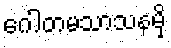
ဂေါတမသာသနမှိ